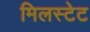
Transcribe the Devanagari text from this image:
मिलस्टेट